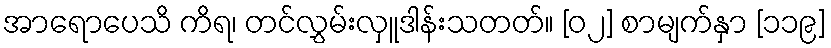
အာရောပေသိ ကိရ၊ တင်လွှမ်းလှူဒါန်းသတတ်။ [၀၂] စာမျက်နှာ [၁၁၉]